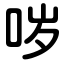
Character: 哕